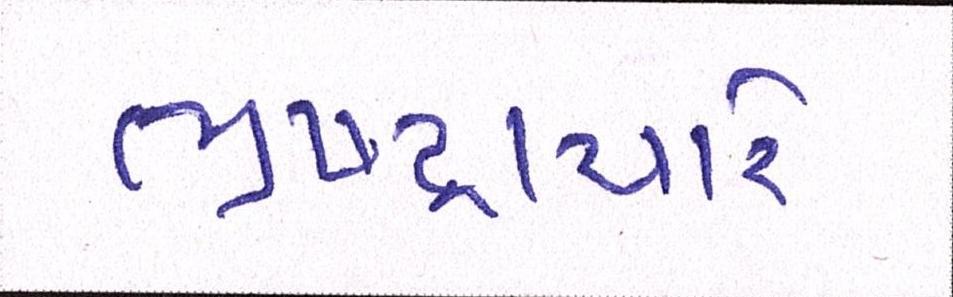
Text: ભ્રષ્ટ્રાચારે